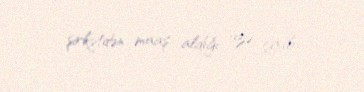
şirkətdən maaş aldığı üzə çıxıb.